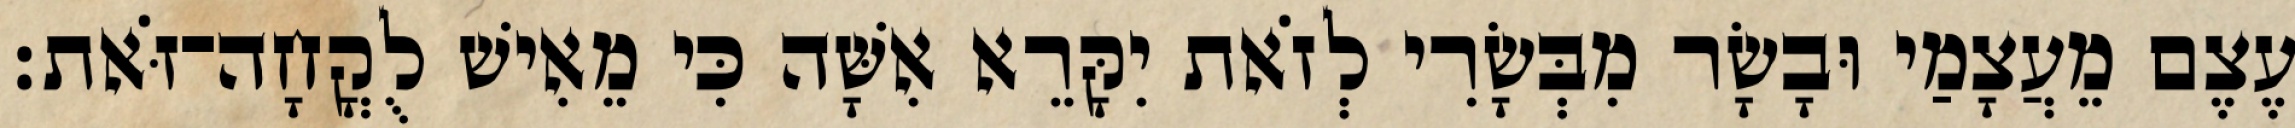
עֶצֶם מֵעֲצָמַי וּבָשָׂר מִבְּשָׂרִי לְזֹאת יִקָּרֵא אִשָּׁה כִּי מֵאִישׁ לֻקֳחָה־זֹּאת׃